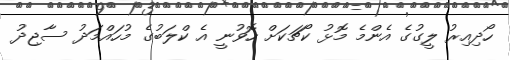
ހޯދިއިރު ލީގުގެ އެންމެ މޮޅު ކޯޗަކަށް ހޮވުނީ އެ ކްލަބުގެ މުހައްމަދު ސާޖިދު